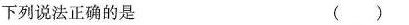
下列说法正确的是 ( )